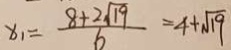
x _ { 1 } = \frac { 8 + 2 \sqrt { 1 9 } } { 6 } = 4 + \sqrt { 1 9 }